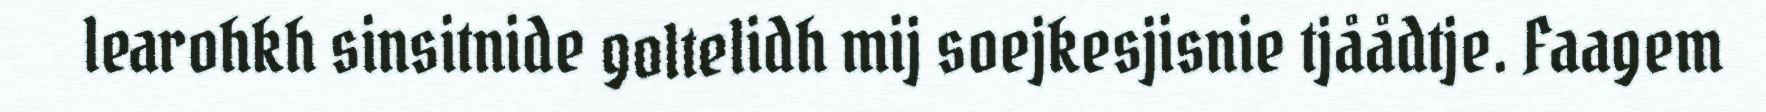
learohkh sinsitnide goltelidh mij soejkesjisnie tjåådtje. Faagem